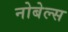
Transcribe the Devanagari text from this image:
नोबेल्स